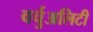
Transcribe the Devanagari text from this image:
वर्चुअलिटी